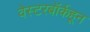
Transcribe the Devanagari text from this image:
वेस्टरबॉर्कहून